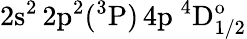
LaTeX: \mathrm{2s^{2}\, 2p^{2}(^{3}P)\, 4p~^{4}D_{1/2}^{o}}